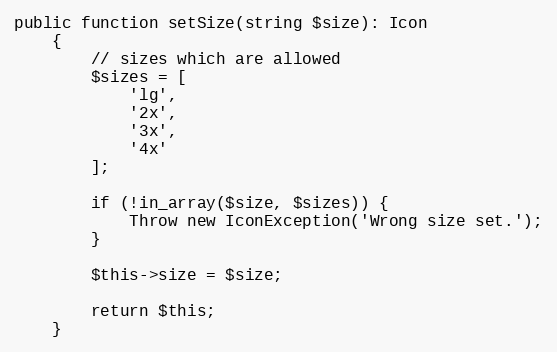
Language: PHP
public function setSize(string $size): Icon
    {
        // sizes which are allowed
        $sizes = [
            'lg',
            '2x',
            '3x',
            '4x'
        ];

        if (!in_array($size, $sizes)) {
            Throw new IconException('Wrong size set.');
        }

        $this->size = $size;

        return $this;
    }